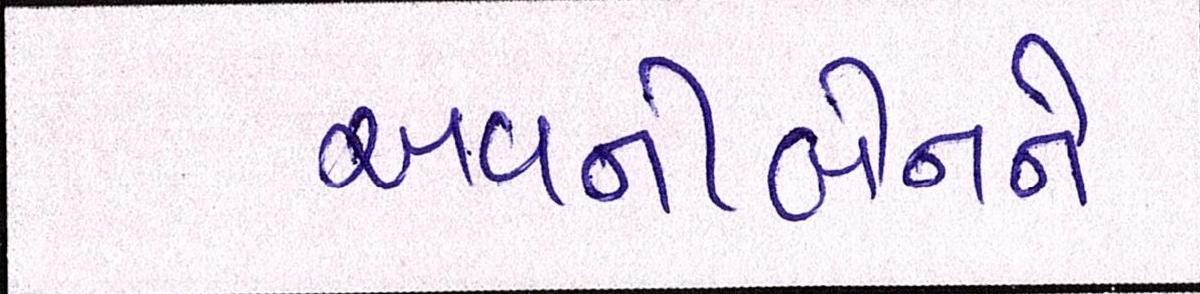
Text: અવનીબેનને